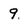
Character: 9